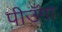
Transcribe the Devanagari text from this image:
पीउँगा